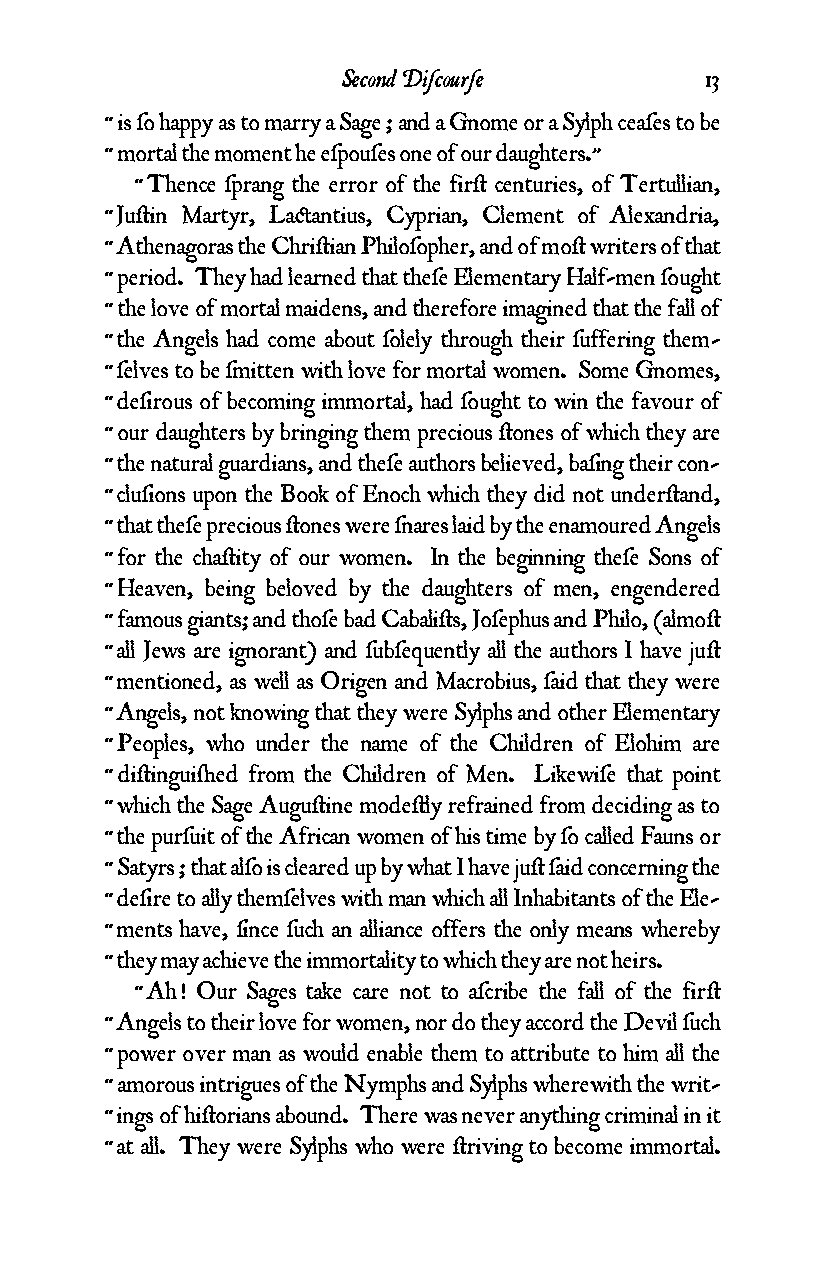
Second Diƒcourƒe        13
 “ is ƒo happy as to marry a Sage ; and a Gnome or a Sylph ceaƒes to be
 “ mortal the moment he eƒpouƒes one of our daughters.”
 “ Thence ƒprang the error of the fir¥ centuries, of Tertullian,
 “ Ju¥in Martyr, La¢antius, Cyprian, Clement of Alexandria,
 “ Athenagoras the Chri¥ian Philoƒopher, and of mo¥ writers of that
 “ period. They had learned that theƒe Elementary Half-men ƒought
 “ the love of mortal maidens, and therefore imagined that the fall of
 “ the Angels had come about ƒolely through their ƒuffering them-
 “ ƒelves to be ƒmitten with love for mortal women. Some Gnomes,
 “ deƒirous of becoming immortal, had ƒought to win the favour of
 “ our daughters by bringing them precious ¥ones of which they are
 “ the natural guardians, and theƒe authors believed, baƒing their con-
 “ cluƒions upon the Book of Enoch which they did not under¥and,
 “ that theƒe precious ¥ones were ƒnares laid by the enamoured Angels
 “ for the cha¥ity of our women. In the beginning theƒe Sons of
 “ Heaven, being beloved by the daughters of men, engendered
 “ famous giants; and thoƒe bad Cabali¥s, Joƒephus and Philo, (almo¥
 “ all Jews are ignorant) and ƒubƒequently all the authors I have ju¥
 “ mentioned, as well as Origen and Macrobius, ƒaid that they were
 “ Angels, not knowing that they were Sylphs and other Elementary
 “ Peoples, who under the name of the Children of Elohim are
 “ di¥ingui¬ed from the Children of Men. Likewiƒe that point
 “ which the Sage Augu¥ine mode¥ly refrained from deciding as to
 “ the purƒuit of the African women of his time by ƒo called Fauns or
 “ Satyrs ; that alƒo is cleared up by what I have ju¥ ƒaid concerning the
 “ deƒire to ally themƒelves with man which all Inhabitants of the Ele-
 “ ments have, ƒince ƒuch an alliance offers the only means whereby
 “ they may achieve the immortality to which they are not heirs.
 “ Ah ! Our Sages take care not to aƒcribe the fall of the fir¥
 “ Angels to their love for women, nor do they accord the Devil ƒuch
 “ power over man as would enable them to attribute to him all the
 “ amorous intrigues of the Nymphs and Sylphs wherewith the writ-
 “ ings of hi¥orians abound. There was never anything criminal in it
 “ at all. They were Sylphs who were ¥riving to become immortal.